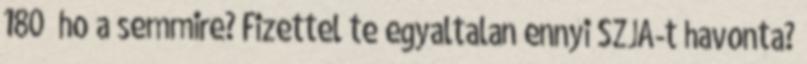
180 ho a semmire? Fizettel te egyaltalan ennyi SZJA-t havonta?